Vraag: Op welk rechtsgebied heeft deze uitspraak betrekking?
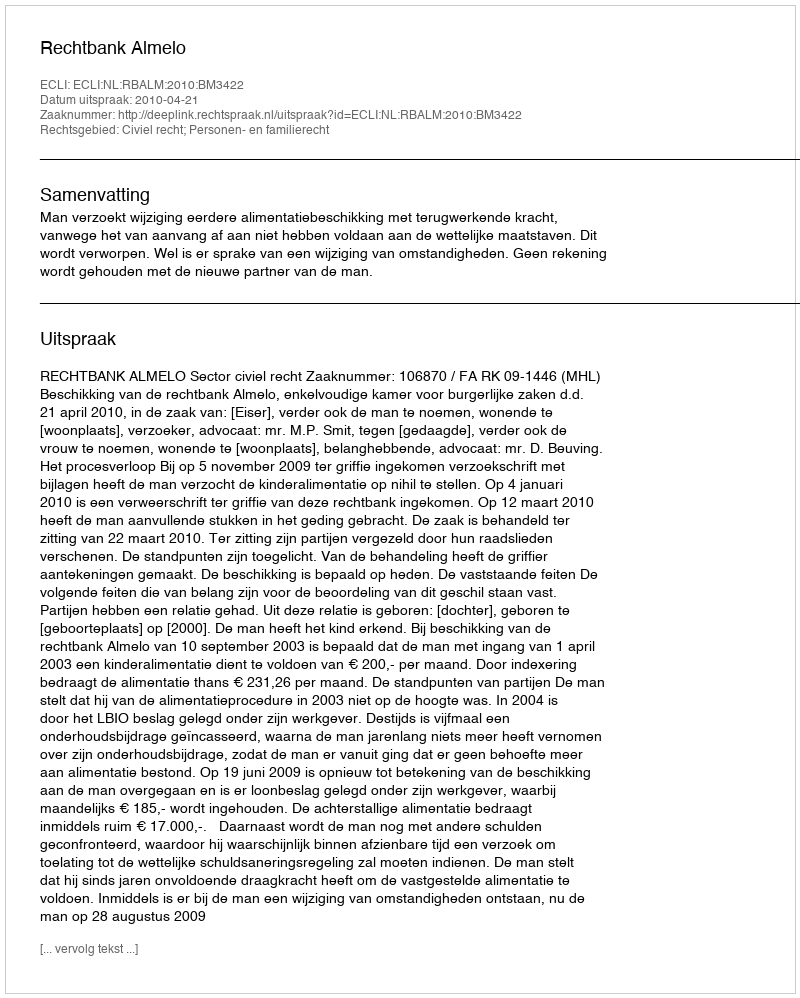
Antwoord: Civiel recht; Personen- en familierecht